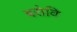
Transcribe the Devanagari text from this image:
बसेवि